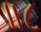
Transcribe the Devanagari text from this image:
॥८